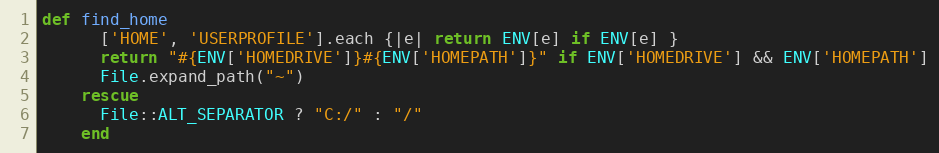
Language: Ruby
def find_home
      ['HOME', 'USERPROFILE'].each {|e| return ENV[e] if ENV[e] }
      return "#{ENV['HOMEDRIVE']}#{ENV['HOMEPATH']}" if ENV['HOMEDRIVE'] && ENV['HOMEPATH']
      File.expand_path("~")
    rescue
      File::ALT_SEPARATOR ? "C:/" : "/"
    end